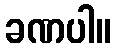
ခဏပါ။